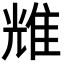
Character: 𬯬